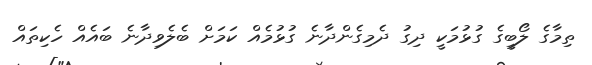
ތިމާގެ ލޯބީގެ ގުޅުމަކީ ދިގު ދެމިގެންދާނެ ގުޅުމެއް ކަމަށް ބެލެވިދާނެ ބައެއް ހެކިތައް